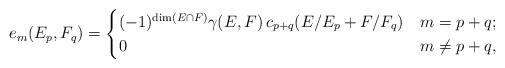
LaTeX: \begin{align*} e_m(E_p,F_q) = \begin{cases} (-1)^{\dim(E\cap F)} \gamma(E,F)\, c_{p+q}(E/E_p+F/F_q) & m=p+q; \\ 0 & m\neq p+q, \end{cases}\end{align*}